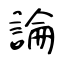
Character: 論